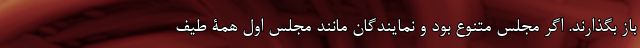
باز بگذارند. اگر مجلس متنوع بود و نمایندگان مانند مجلس اول همۀ طیف